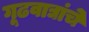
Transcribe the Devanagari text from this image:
गूढवाद्यांचे